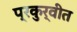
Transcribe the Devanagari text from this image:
प्रकुर्वीत